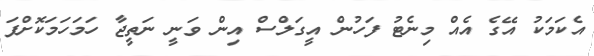
އެކަމަކު އޭގެ އެއް މިނެޓު ފަހުން އީގަލްސް އިން ވަނީ ނަތީޖާ ހަމަހަމަކޮށްފަ